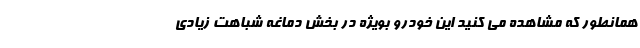
همانطور که مشاهده می کنید این خودرو بویژه در بخش دماغه شباهت زیادی